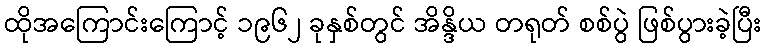
ထိုအကြောင်းကြောင့် ၁၉၆၂ ခုနှစ်တွင် အိန္ဒိယ တရုတ် စစ်ပွဲ ဖြစ်ပွားခဲ့ပြီး